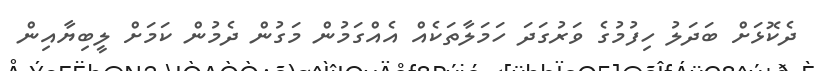
ދެކޮޅަށް ބަދަލު ހިފުމުގެ ވަރުގަދަ ހަމަލާތަކެއް އެއްގަމުން މަގުން ދެމުން ކަމަށް ލީބިޔާއިން